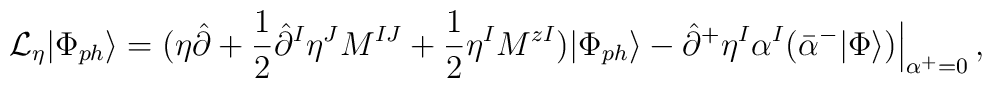
{\cal L}_\eta|\Phi_{ph}\rangle=(\eta\hat{\partial}+\frac{1}{2}\hat{\partial}^I\eta^JM^{IJ}+\frac{1}{2}\eta^IM^{zI})|\Phi_{ph}\rangle-\hat{\partial}^+\eta^I\alpha^I(\bar{\alpha}^-|\Phi\rangle)\Bigr|_{\alpha^+=0}^{\vphantom{5pt}}\,,